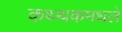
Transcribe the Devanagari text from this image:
कथ्थकमधले